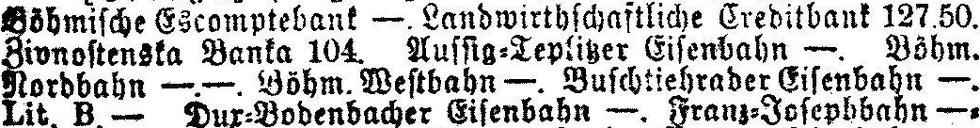
Böhmische Escomptebank —. Landwirthschaftliche Creditbank 127.50.